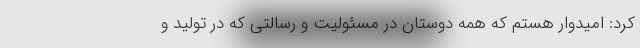
کرد: امیدوار هستم که همه دوستان در مسئولیت و رسالتی که در تولید و